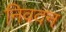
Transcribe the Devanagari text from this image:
निवदन